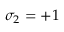
\sigma _ { 2 } = + 1